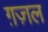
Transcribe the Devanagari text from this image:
ग़ज़्‍ाल